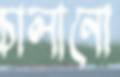
চালানো